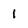
Character: 1